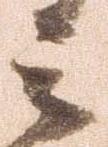
云